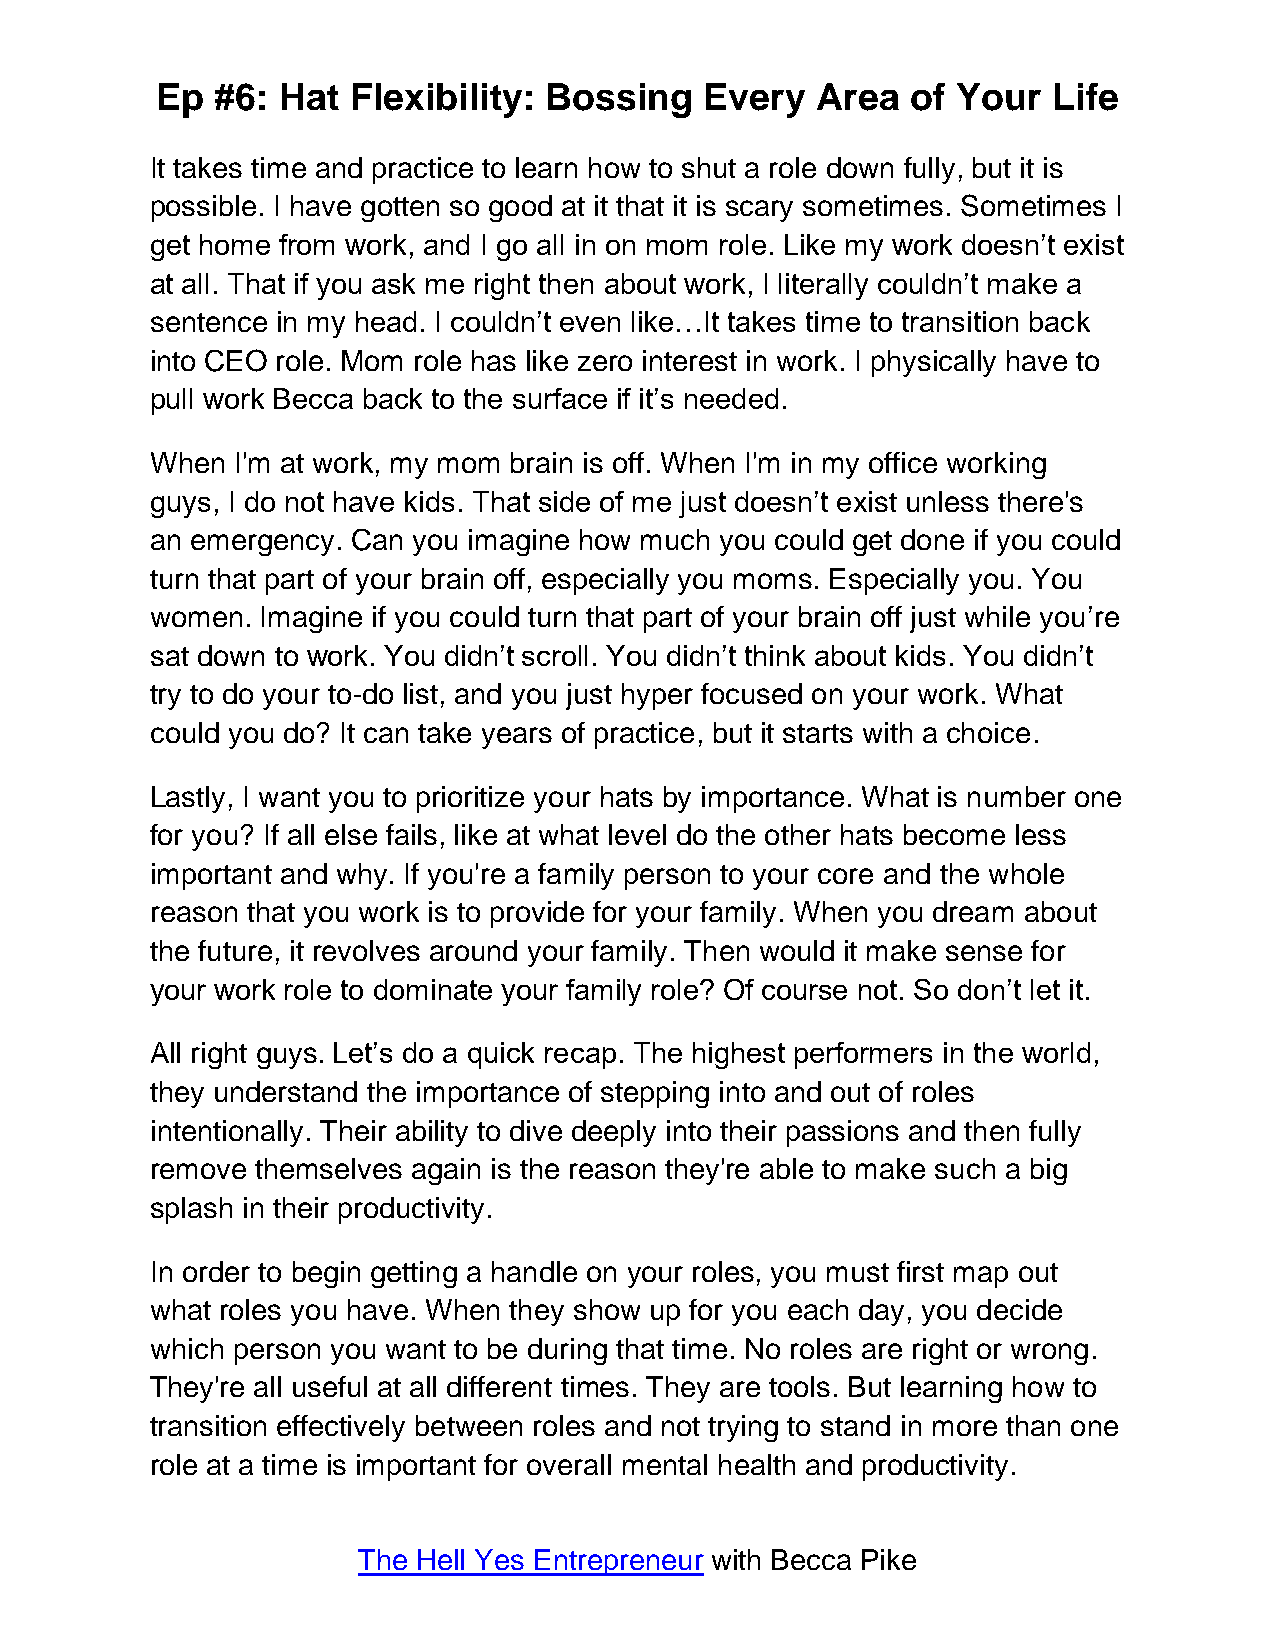
Ep  #6: Hat  Flexibility: Bossing    Every  Area  of Your   Life
 It takes time and practice to learn how to shut a role down fully, but it is
 possible. I have gotten so good at it that it is scary sometimes. Sometimes I
 get home from work, and I go all in on mom role. Like my work doesn’t exist
 at all. That if you ask me right then about work, I literally couldn’t make a
 sentence in my head. I couldn’t even like…It takes time to transition back
 into CEO role. Mom role has like zero interest in work. I physically have to
 pull work Becca back to the surface if it’s needed.
 When  I'm at work, my mom brain is off. When I'm in my office working
 guys, I do not have kids. That side of me just doesn’t exist unless there's
 an emergency. Can you imagine how much you could get done if you could
 turn that part of your brain off, especially you moms. Especially you. You
 women. Imagine if you could turn that part of your brain off just while you’re
 sat down to work. You didn’t scroll. You didn’t think about kids. You didn’t
 try to do your to-do list, and you just hyper focused on your work. What
 could you do? It can take years of practice, but it starts with a choice.
 Lastly, I want you to prioritize your hats by importance. What is number one
 for you? If all else fails, like at what level do the other hats become less
 important and why. If you're a family person to your core and the whole
 reason that you work is to provide for your family. When you dream about
 the future, it revolves around your family. Then would it make sense for
 your work role to dominate your family role? Of course not. So don’t let it.
 All right guys. Let’s do a quick recap. The highest performers in the world,
 they understand the importance of stepping into and out of roles
 intentionally. Their ability to dive deeply into their passions and then fully
 remove themselves again is the reason they're able to make such a big
 splash in their productivity.
 In order to begin getting a handle on your roles, you must first map out
 what roles you have. When they show up for you each day, you decide
 which person you want to be during that time. No roles are right or wrong.
 They're all useful at all different times. They are tools. But learning how to
 transition effectively between roles and not trying to stand in more than one
 role at a time is important for overall mental health and productivity.
 The Hell Yes Entrepreneur with Becca Pike